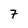
Character: 7